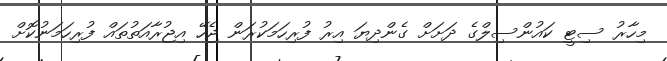
މިހާރު ސިޓީ ކައުންސިލްގެ ދަށަށް ގެންދިޔަ އިރު ފުރިހަމަކުރަން ޖެހޭ އިޖުރާއަތުތައް ފުރިހަމަނުކޮށް